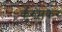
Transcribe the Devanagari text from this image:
कुरुमकर